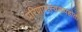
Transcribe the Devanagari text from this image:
परिणामस्वरूपहोती